65_HS1-834228961_62-HQ-83894_Section_9
Agency: FBI
Page 82
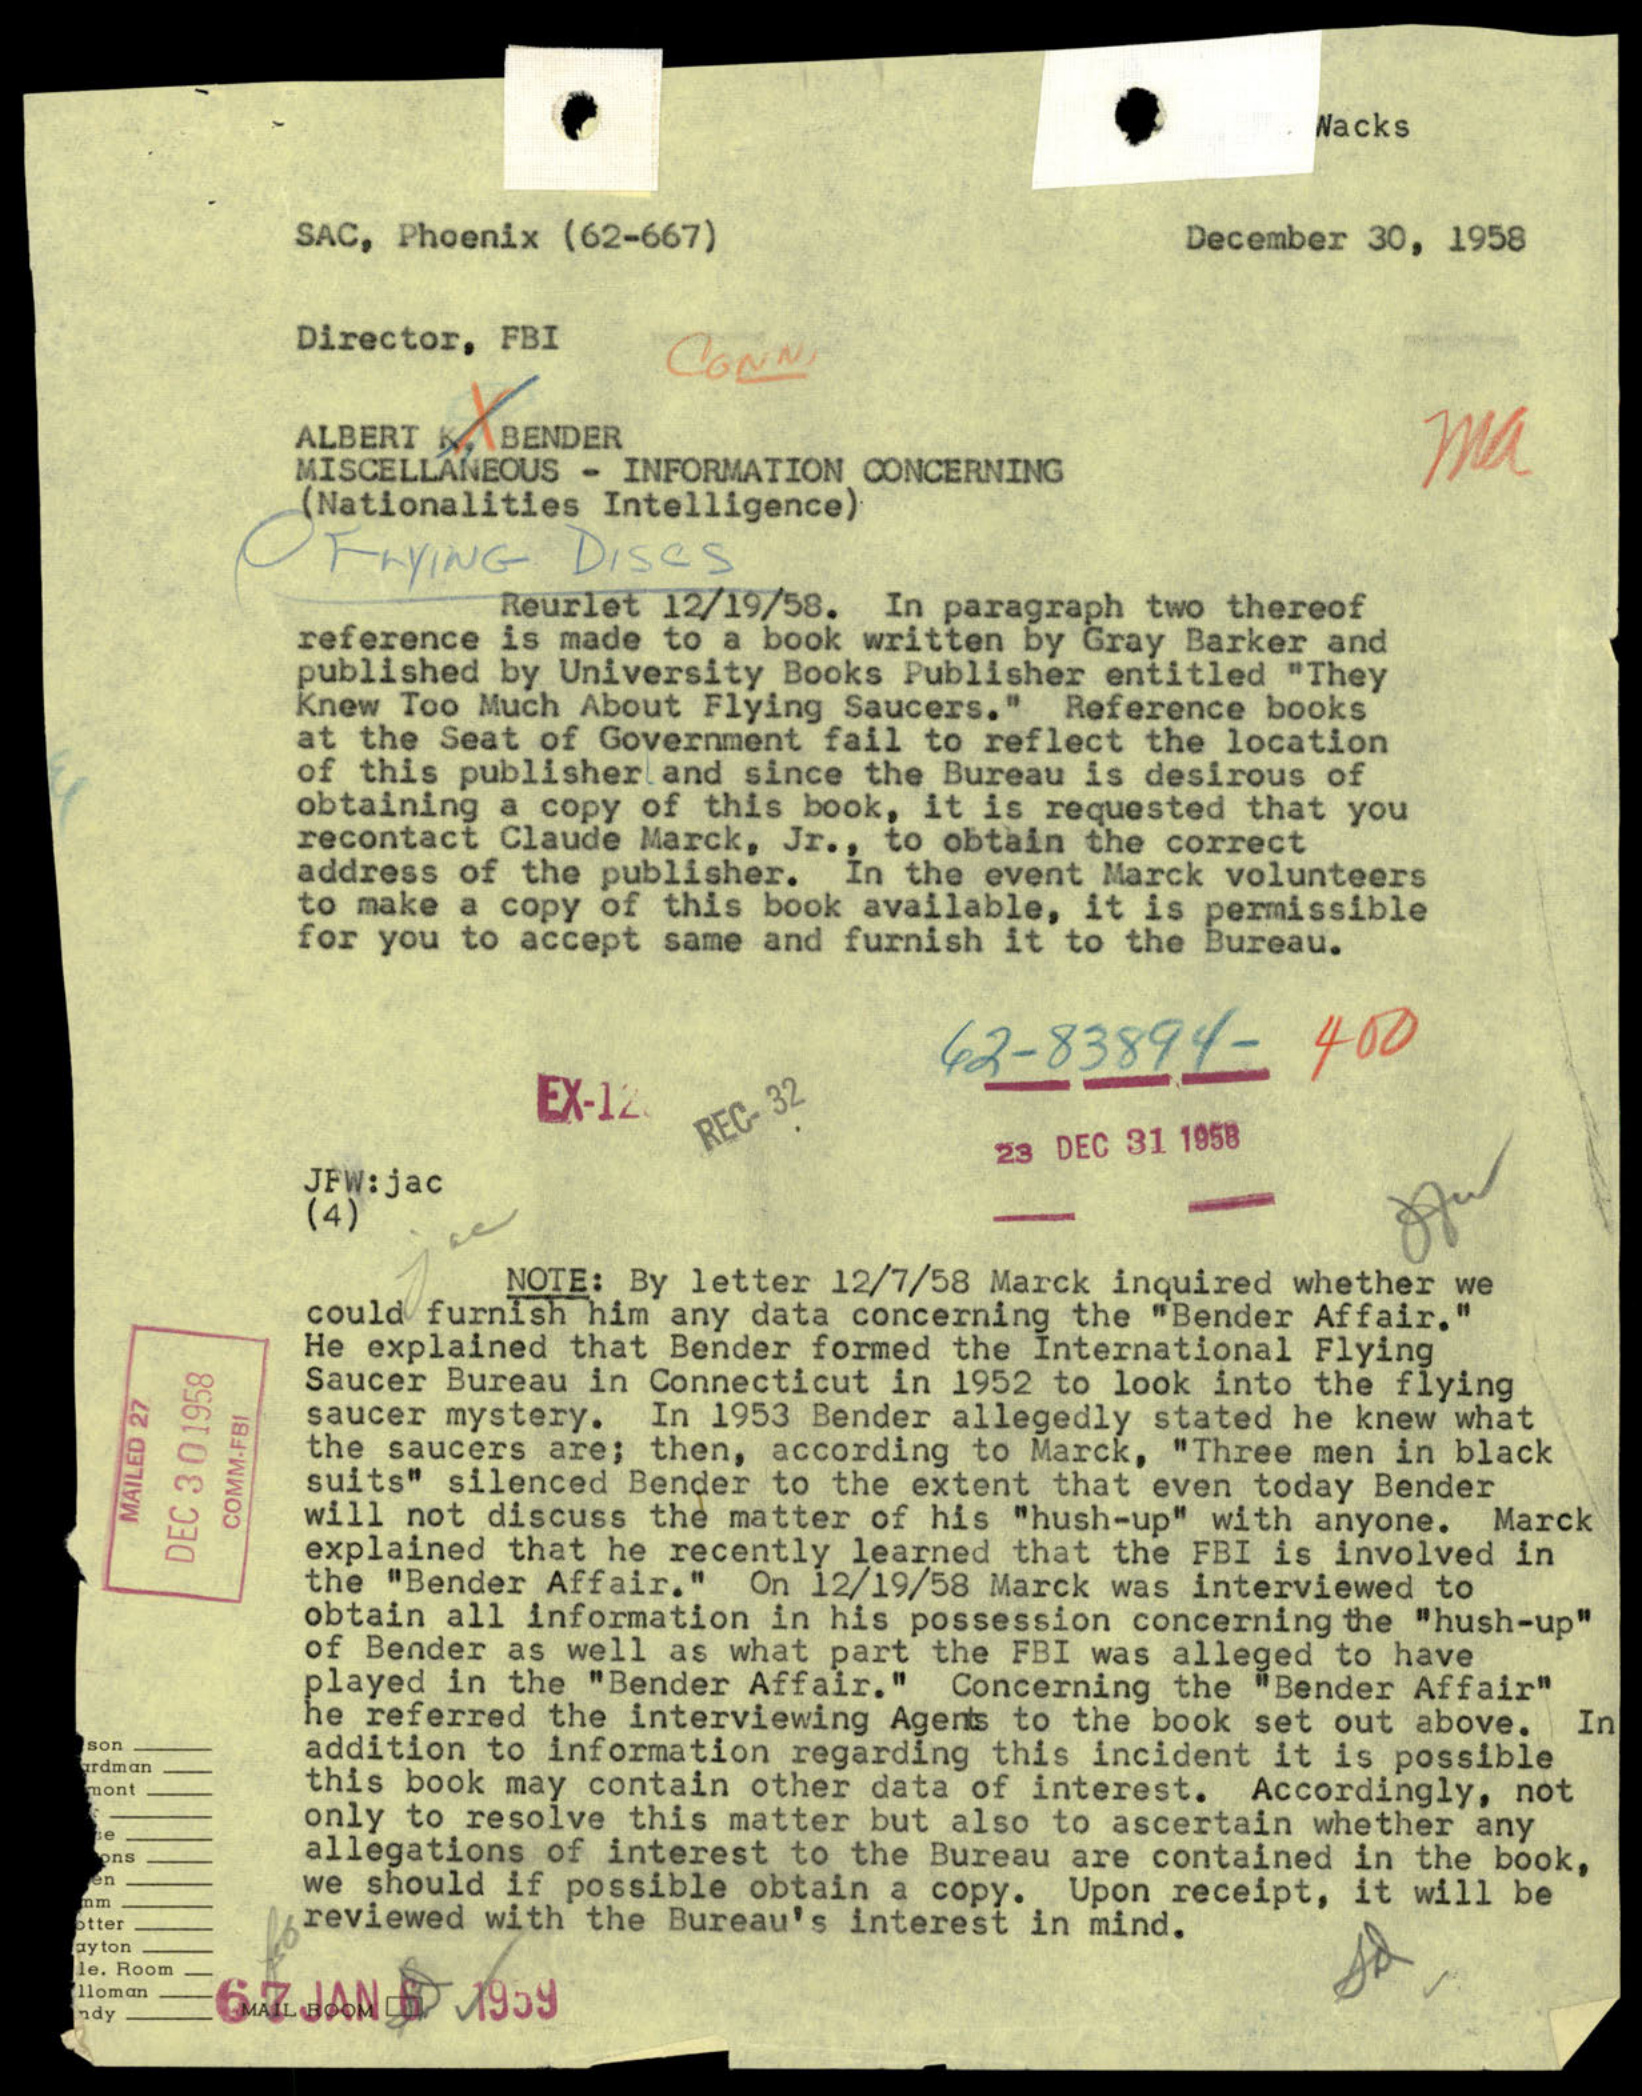